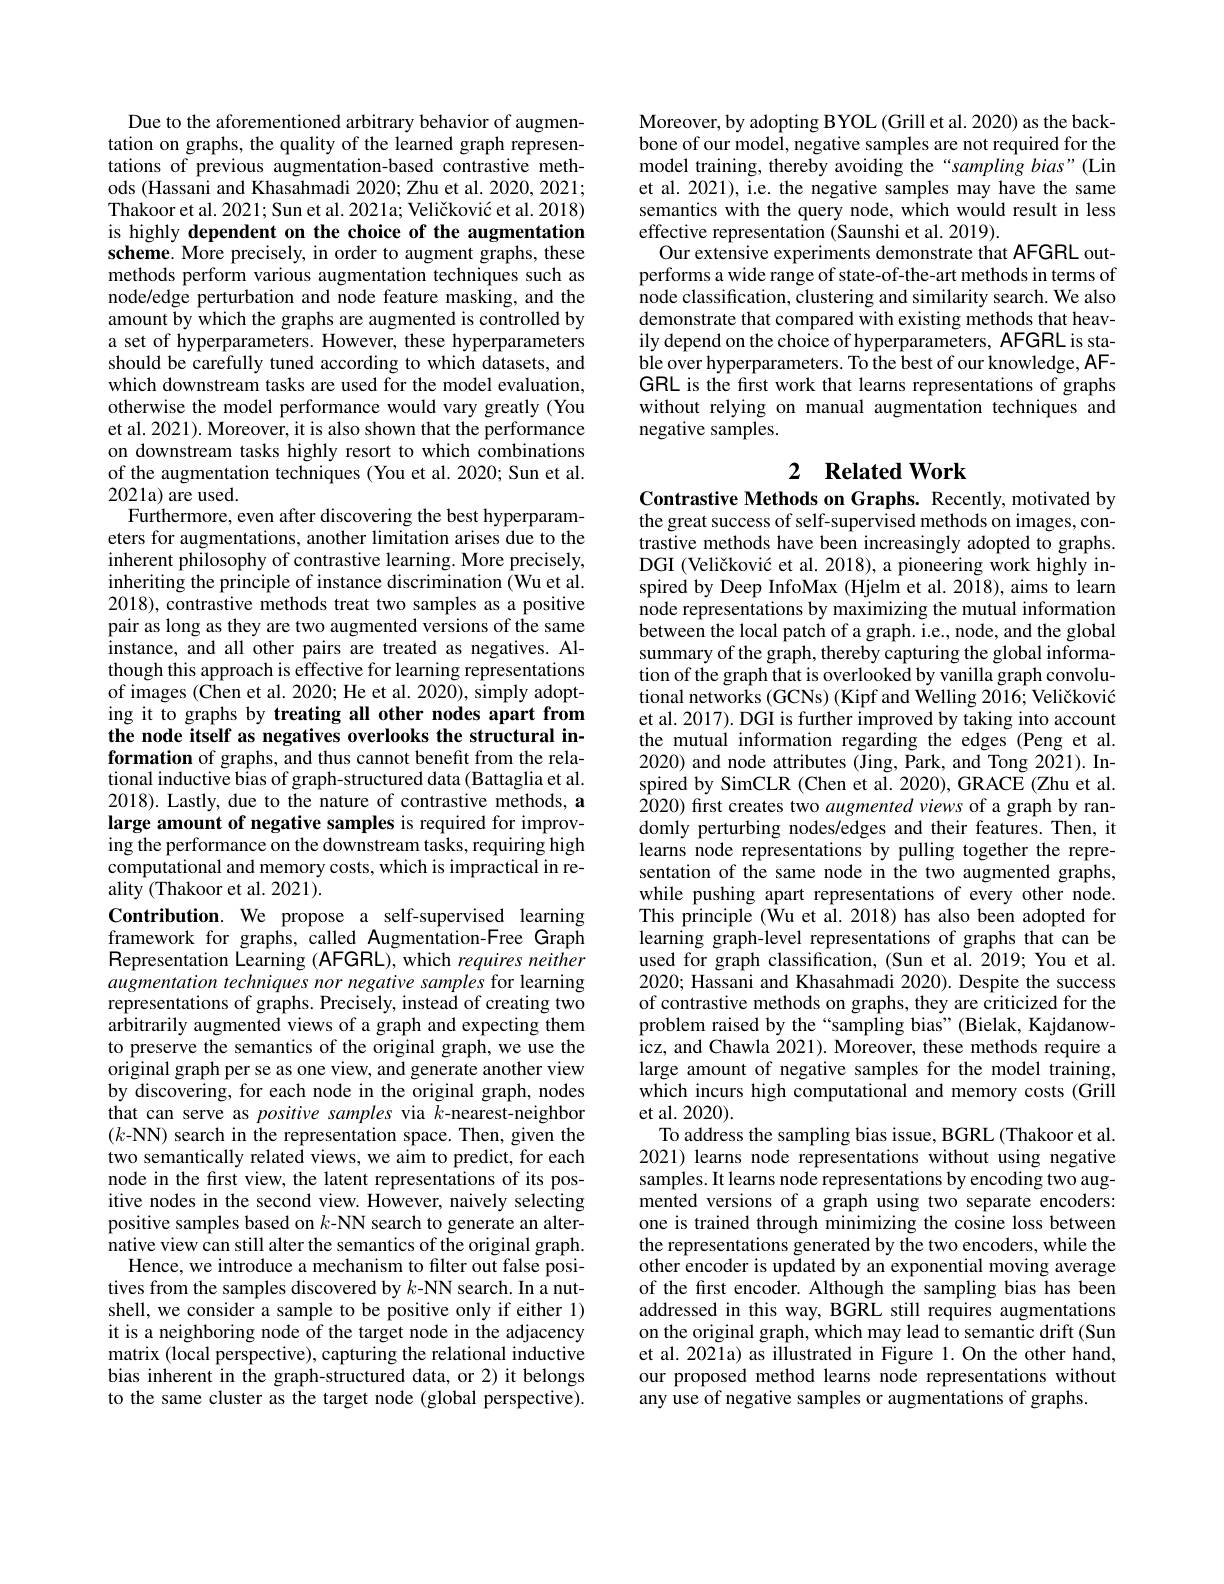
Due to the aforementioned arbitrary behavior of augmentation on graphs, the quality of the learned graph representations of previous augmentation-based contrastive methods (Hassani and Khasahmadi 2020; Zhu et al. 2020, 2021; Thakoor et al. 2021; Sun et al. 2021a; Veličković et al. 2018) is highly dependent on the choice of the augmentation scheme. More precisely, in order to augment graphs, these methods perform various augmentation techniques such as node/edge perturbation and node feature masking, and the amount by which the graphs are augmented is controlled by a set of hyperparameters. However, these hyperparameters should be carefully tuned according to which datasets, and which downstream tasks are used for the model evaluation, otherwise the model performance would vary greatly (You et al. 2021). Moreover, it is also shown that the performance on downstream tasks highly resort to which combinations of the augmentation techniques (You et al.2020; Sun et al. 2021a) are used.
Furthermore, even after discovering the best hyperparameters for augmentations, another limitation arises due to the inherent philosophy of contrastive learning. More precisely, inheriting the principle of instance discrimination (Wu et al. 2018), contrastive methods treat two samples as a positive pair as long as they are two augmented versions of the same instance, and all other pairs are treated as negatives. Although this approach is effective for learning representations of images (Chen et al. 2020; He et al. 2020), simply adopting it to graphs by treating all other nodes apart from the node itself as negatives overlooks the structural information of graphs, and thus cannot benefit from the relational inductive bias of graph-structured data (Battaglia et al. 2018). Lastly, due to the nature of contrastive methods, a large amount of negative samples is required for improving the performance on the downstream tasks, requiring high computational and memory costs, which is impractical in reality (Thakoor et al. 2021).
Contribution. We propose a self-supervised learning framework for graphs, called Augmentation-Free Graph $\mathsf{Representation~Learning~(AFGRL),~which~requires~neither}$ augmentation techniques nor negative samples for learning representations of graphs. Precisely, instead of creating two arbitrarily augmented views of a graph and expecting them to preserve the semantics of the original graph, we use the original graph per se as one view, and generate another view by discovering, for each node in the original graph, nodes that can serve as positive samples via $k$-nearest-neighbor (k-NN) search in the representation space. Then, given the two semantically related views, we aim to predict, for each node in the first view, the latent representations of its positive nodes in the second view. However, naively selecting positive samples based on $k$-NN search to generate an alternative view can still alter the semantics of the original graph.
Hence, we introduce a mechanism to filter out false positives from the samples discovered by $k$-NN search. In a nutshell, we consider a sample to be positive only if either 1) it is a neighboring node of the target node in the adjacency matrix (local perspective), capturing the relational inductive bias inherent in the graph-structured data, or 2) it belongs to the same cluster as the target node (global perspective).

Moreover, by adopting BYOL (Grill et al. 2020) as the backbone of our model, negative samples are not required for the model training, thereby avoiding the“sampling bias”(Lin et al. 2021), i.e. the negative samples may have the same semantics with the query node, which would result in less effective representation (Saunshi et al. 2019).
Our extensive experiments demonstrate that AFGRL outperforms a wide range of state-of-the-art methods in terms of node classification, clustering and similarity search. We also demonstrate that compared with existing methods that heavily depend on the choice of hyperparameters, AFGRL is stable over hyperparameters. To the best of our knowledge, AFGRL is the first work that learns representations of graphs without relying on manual augmentation techniques and negative samples.

## 2 $\textbf{Related Work}$

Contrastive Methods on Graphs. Recently, motivated by the great success of self-supervised methods on images, contrastive methods have been increasingly adopted to graphs. DGI (Veličković et al. 2018), a pioneering work highly inspired by Deep InfoMax (Hjelm et al.2018), aims to learn node representations by maximizing the mutual information between the local patch of a graph. i.e., node, and the global summary of the graph, thereby capturing the global information of the graph that is overlooked by vanilla graph convolutional networks (GCNs) (Kipf and Welling 2016; Veličković et al. 2017). DGI is further improved by taking into account the mutual information regarding the edges (Peng et al. 2020) and node attributes (Jing, Park, and Tong 2021). Inspired by SimCLR (Chen et al. 2020), GRACE (Zhu et al. 2020) first creates two augmented views of a graph by randomly perturbing nodes/edges and their features. Then, it learns node representations by pulling together the representation of the same node in the two augmented graphs, while pushing apart representations of every other node. This principle ( Wu et al. 2018) has also been adopted for learning graph-level representations of graphs that can be used for graph classification, (Sun et al. 2019; You et al. 2020; Hassani and Khasahmadi 2020). Despite the success of contrastive methods on graphs, they are criticized for the problem raised by the“sampling bias”(Bielak, Kajdanowicz, and Chawla 2021). Moreover, these methods require a large amount of negative samples for the model training, which incurs high computational and memory costs (Grill et al. 2020).
To address the sampling bias issue, BGRL (Thakoor et al. 2021) learns node representations without using negative samples. It learns node representations by encoding two augmented versions of a graph using two separate encoders: one is trained through minimizing the cosine loss between the representations generated by the two encoders, while the other encoder is updated by an exponential moving average of the first encoder. Although the sampling bias has been addressed in this way, BGRL still requires augmentations on the original graph, which may lead to semantic drift (Sun et al. 2021a) as illustrated in Figure 1. On the other hand, our proposed method learns node representations without any use of negative samples or augmentations of graphs